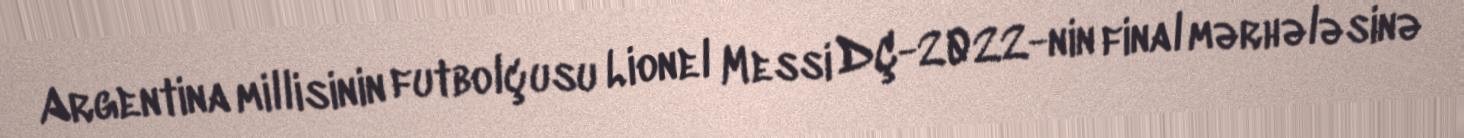
Argentina millisinin futbolçusu Lionel Messi DÇ-2022-nin final mərhələsinə